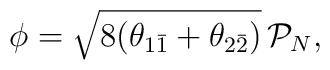
\phi=\sqrt{8(\theta_{1\bar{1}}+\theta_{2\bar{2}})}\, \mathcal{P}_N,